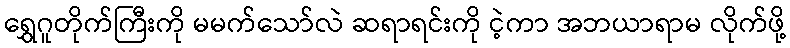
ရွှေဂူတိုက်ကြီးကို မမက်သော်လဲ ဆရာရင်းကို ငဲ့ကာ အဘယာရာမ လိုက်ဖို့